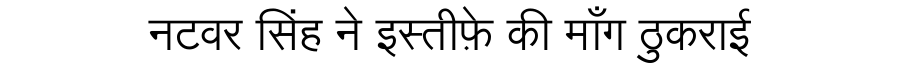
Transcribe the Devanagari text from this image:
नटवर सिंह ने इस्तीफ़े की माँग ठुकराई